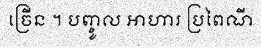
ច្រើន ។ បញ្ចូល អាហារ ប្រពៃណី